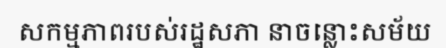
សកម្មភាពរបស់រដ្ឋសភា នាចន្លោះសម័យ